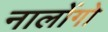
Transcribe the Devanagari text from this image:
नालोंगो